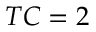
T C = 2